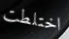
اختلطت